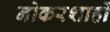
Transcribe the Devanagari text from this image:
नोकरशाहों